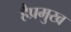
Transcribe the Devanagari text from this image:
हैप्रमुख